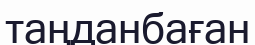
таңданбаған